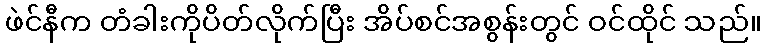
ဖဲင်နီက တံခါးကိုပိတ်လိုက်ပြီး အိပ်စင်အစွန်းတွင် ဝင်ထိုင် သည်။